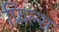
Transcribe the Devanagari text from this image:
फ्रिल्स